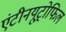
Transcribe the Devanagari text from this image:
एंटीनयूट्रोफिल